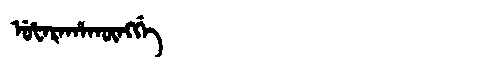
Manchu: ᡠᡶᠠᡵᠠᡥᠠᡴᡡᠩᡤᡝ
Romanization: UFARAHAKŪNGGE